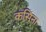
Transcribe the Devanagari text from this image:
कसिना